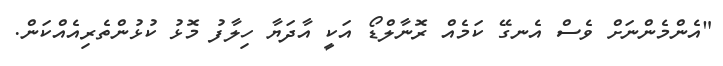
"އެންމެންނަށް ވެސް އެނގޭ ކަމެއް ރޮނާލްޑޯ އަކީ އާދަޔާ ހިލާފު މޮޅު ކުޅުންތެރިއެއްކަން.